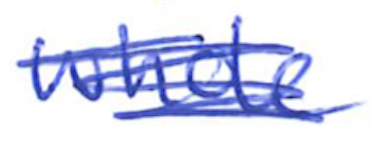
Text: whole
Cross-out: scratch
Writing tool: ballpoint